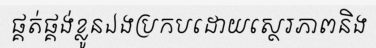
ផ្គត់ផ្គង់ខ្លូនឯងប្រកបដោយស្ថេរភាពនិង